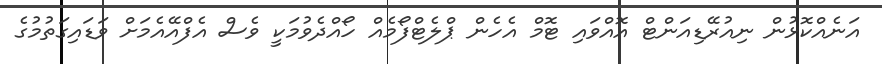
އަނެއްކޮޅުން ނިއުރޭޑިއަންޓް އޮއްވައި ޓޮމް އެހެން ޕްލެޓްފޯމެއް ހޯއްދެވުމަކީ ވެސް އެފްއޭއެމަށް ވަޑައިގަތުމުގެ